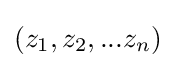
(z_{1},z_{2},...z_{n})